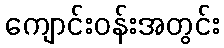
ကျောင်းဝန်းအတွင်း